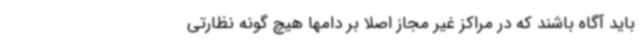
باید آگاه باشند که در مراکز غیر مجاز اصلا بر دامها هیچ گونه نظارتی